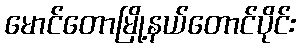
မောင်တောမြို့နယ်တောင်ပိုင်း